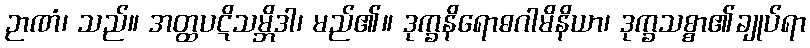
ဉာဏံ၊ သည်။ အတ္ထပဋိသမ္ဘိဒါ၊ မည်၏။ ဒုက္ခနိရောဓဂါမိနိယာ၊ ဒုက္ခသစ္စာ၏ချုပ်ရာ